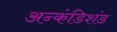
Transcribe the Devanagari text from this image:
अन्कंडिशंड